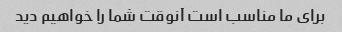
برای ما مناسب است آنوقت شما را خواهیم دید